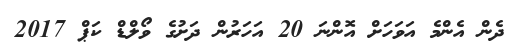
ދެން އެންމެ އަވަހަށް އޮންނަ 20 އަހަރުން ދަށުގެ ވޯލްޑް ކަޕް 2017